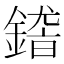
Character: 𨪴